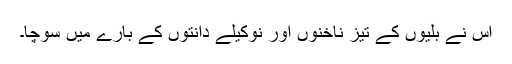
اس نے بلّیوں کے تیز ناخنوں اور نوکیلے دانتوں کے بارے میں سوچا۔